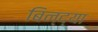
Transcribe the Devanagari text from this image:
बिन्द्या